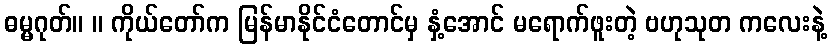
ဓမ္မဂုတ်။ ။ ကိုယ်တော်က မြန်မာနိုင်ငံတောင်မှ နှံ့အောင် မရောက်ဖူးတဲ့ ဗဟုသုတ ကလေးနဲ့